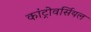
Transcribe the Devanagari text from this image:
कांट्रोवर्सियल